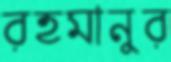
রহমানুর